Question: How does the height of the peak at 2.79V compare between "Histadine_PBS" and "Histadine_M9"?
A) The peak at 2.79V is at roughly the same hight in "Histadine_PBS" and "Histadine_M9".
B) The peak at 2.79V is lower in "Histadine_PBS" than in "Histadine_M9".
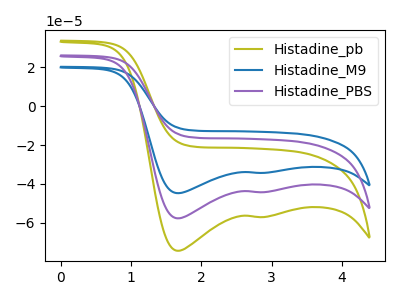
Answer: <think>The olive curve "Histadine_pb" has cathodic peaks at (1.65V, -74.55uA) (2.80V, -57.10uA). The blue curve "Histadine_M9" has cathodic peaks at (1.65V, -115.60uA) (2.80V, -88.60uA). The purple curve "Histadine_PBS" has cathodic peaks at (1.65V, -57.80uA) (2.80V, -44.30uA).</think>
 <answer>B) The peak at 2.79V is lower in "Histadine_PBS" than in "Histadine_M9".</answer>
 <eval>B</eval>